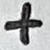
Text: +